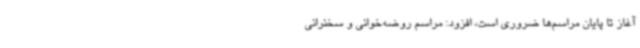
آغاز تا پایان مراسم‌ها ضروری است، افزود: مراسم روضه‌خوانی و سخنرانی